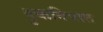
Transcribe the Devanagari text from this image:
दुकनिपात